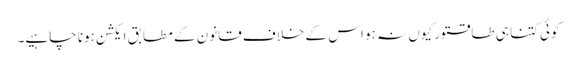
کوئی کتنا ہی طاقتور کیوں نہ ہو اس کے خلاف قانون کے مطابق ایکشن ہونا چاہیے۔